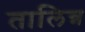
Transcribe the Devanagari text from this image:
तालिन्न